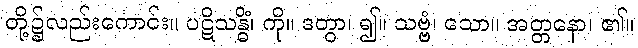
တို့၌လည်းကောင်း။ ပဋိသန္ဓိံ၊ ကို။ ဒတွာ၊ ၍။ သဗ္ဗံ၊ သော။ အတ္တနော၊ ၏။